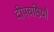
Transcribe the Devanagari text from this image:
दीपयष्ठियाँ